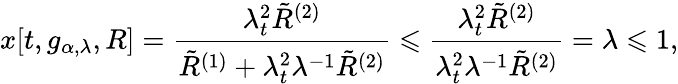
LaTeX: x[t,g_{\alpha,\lambda},R]=\frac{\lambda_{t}^{2}\tilde{R}^{(2)}}{\tilde{R}^{(1)}+\lambda_{t}^{2}\lambda^{-1}\tilde{R}^{(2)}}\leqslant\frac{\lambda_{t}^{2}\tilde{R}^{(2)}}{\lambda_{t}^{2}\lambda^{-1}\tilde{R}^{(2)}}=\lambda\leqslant 1,